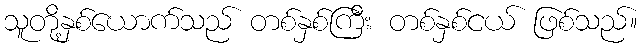
သူတို့နှစ်ယောက်သည် တစ်နှစ်ကြီး တစ်နှစ်ငယ် ဖြစ်သည်။